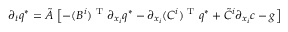
\begin{array} { r } { \partial _ { t } q ^ { * } = \tilde { A } \, \left[ - ( { B ^ { i } } ) ^ { \mathrm { ~ T ~ } } \partial _ { x _ { i } } q ^ { * } - \partial _ { x _ { i } } ( { C ^ { i } } ) ^ { \mathrm { ~ T ~ } } q ^ { * } + \tilde { C } ^ { i } \partial _ { x _ { i } } c - g \right] } \end{array}